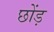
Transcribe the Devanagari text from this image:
छोंड़